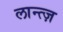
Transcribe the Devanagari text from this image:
लान्त्ज़